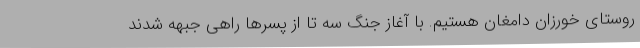
روستای خورزان دامغان هستیم. با آغاز جنگ سه تا از پسرها راهی جبهه شدند